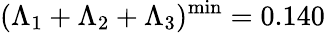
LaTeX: (\Lambda_{1}+\Lambda_{2}+\Lambda_{3})^{\mathrm{min}}=0.140